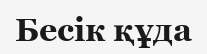
Бесік құда